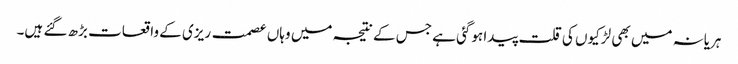
ہریانہ میں بھی لڑکیوں کی قلت پیدا ہوگئی ہے جس کے نتیجہ میں وہاں عصمت ریزی کے واقعات بڑھ گئے ہیں۔